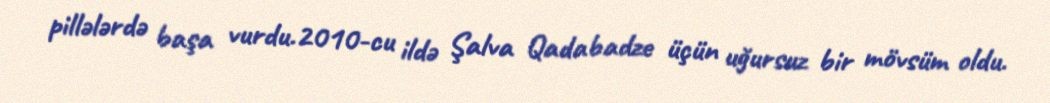
pillələrdə başa vurdu.2010-cu ildə Şalva Qadabadze üçün uğursuz bir mövsüm oldu.